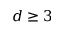
d \geq 3